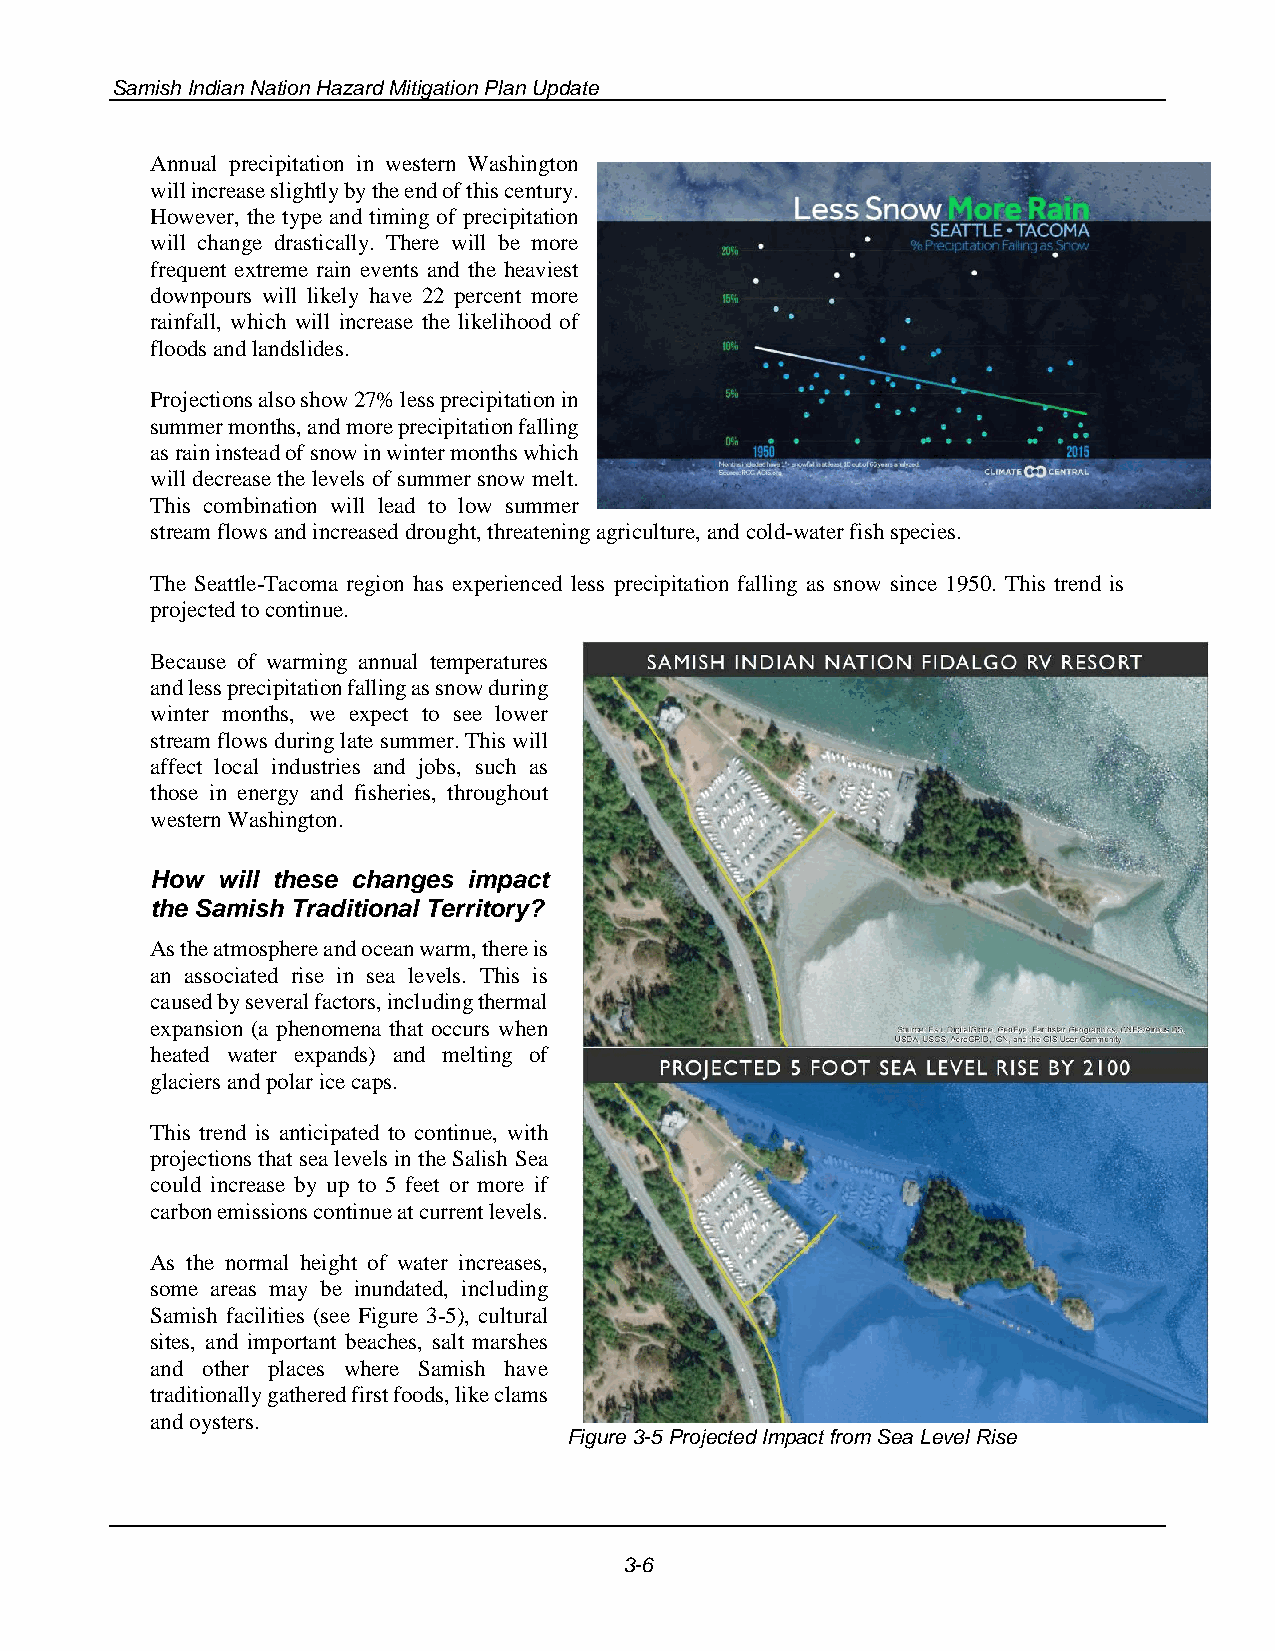
Samish Indian Nation Hazard Mitigation Plan Update
 Annual precipitation in western Washington
 will increase slightly by the end of this century.
 However, the type and timing of precipitation
 will change drastically. There will be more
 frequent extreme rain events and the heaviest
 downpours will likely have 22 percent more
 rainfall, which will increase the likelihood of
 floods and landslides.
 Projections also show 27% less precipitation in
 summer months, and more precipitation falling
 as rain instead of snow in winter months which
 will decrease the levels of summer snow melt.
 This combination will lead to low summer
 stream flows and increased drought, threatening agriculture, and cold-water fish species.
 The Seattle-Tacoma region has experienced less precipitation falling as snow since 1950. This trend is
 projected to continue.
 Because of warming annual temperatures
 and less precipitation falling as snow during
 winter months, we expect to see lower
 stream flows during late summer. This will
 affect local industries and jobs, such as
 those in energy and fisheries, throughout
 western Washington.
 How will these changes impact
 the Samish Traditional Territory?
 As the atmosphere and ocean warm, there is
 an associated rise in sea levels. This is
 caused by several factors, including thermal
 expansion (a phenomena that occurs when
 heated water expands) and melting of
 glaciers and polar ice caps.
 This trend is anticipated to continue, with
 projections that sea levels in the Salish Sea
 could increase by up to 5 feet or more if
 carbon emissions continue at current levels.
 As the normal height of water increases,
 some areas may be inundated, including
 Samish facilities (see Figure 3-5), cultural
 sites, and important beaches, salt marshes
 and other places where Samish have
 traditionally gathered first foods, like clams
 and oysters.
 Figure 3-5 Projected Impact from Sea Level Rise
 3-6